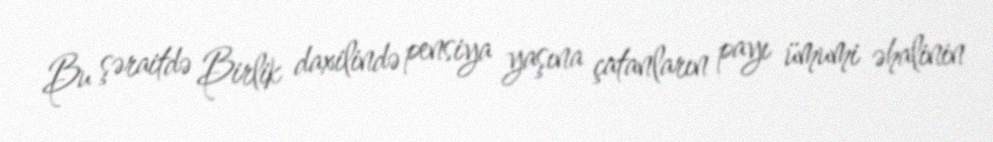
Bu şəraitdə Birlik daxilində pensiya yaşına çatanların payı ümumi əhalinin